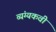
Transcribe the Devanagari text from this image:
व्यंग्यकवी